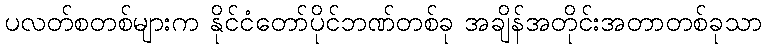
ပလတ်စတစ်များက နိုင်ငံတော်ပိုင်ဘဏ်တစ်ခု အချိန်အတိုင်းအတာတစ်ခုသာ